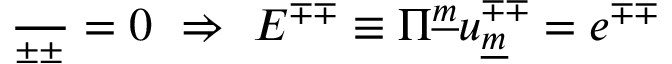
{ \frac { \d S } { \d e ^ { \pm \pm } } } = 0 ~ \Rightarrow ~ E ^ { \mp \mp } \equiv \Pi ^ { \underline { { { m } } } } u _ { \underline { { { m } } } } ^ { \mp \mp } = e ^ { \mp \mp }